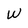
Character: W